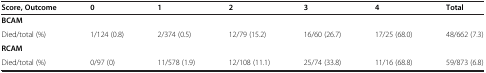
| Score, Outcome | 0 | 1 | 2 | 3 | 4 | Total |
 | --- | --- | --- | --- | --- | --- | --- |
 | BCAM |  |  |  |  |  |  |
 | Died/total (%) | 1/124 (0.8) | 2/374 (0.5) | 12/79 (15.2) | 16/60 (26.7) | 17/25 (68.0) | 48/662 (7.3) |
 | RCAM |  |  |  |  |  |  |
 | Died/total (%) | 0/97 (0) | 11/578 (1.9) | 12/108 (11.1) | 25/74 (33.8) | 11/16 (68.8) | 59/873 (6.8) |